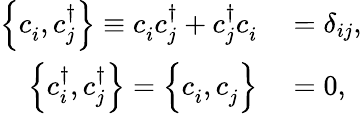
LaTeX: \begin{array}{rl}{\left\{ c_{i}^{\, },c_{j}^{\dagger}\right\} \equiv c_{i}^{\, }c_{j}^{\dagger}+c_{j}^{\dagger}c_{i}^{\, }}&{{}=\delta_{ij},}\\ {\left\{ c_{i}^{\dagger},c_{j}^{\dagger}\right\} =\left\{ c_{i}^{\, },c_{j}^{\, }\right\} }&{{}=0,}\end{array}